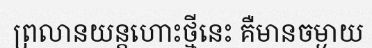
ព្រលានយន្តហោះថ្មីនេះ គឺមានចម្ងាយ